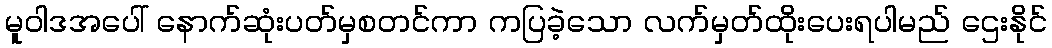
မူဝါဒအပေါ် နောက်ဆုံးပတ်မှစတင်ကာ ကပြခဲ့သော လက်မှတ်ထိုးပေးရပါမည် ဌေးနိုင်